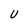
Character: U